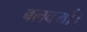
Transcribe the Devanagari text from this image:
बलवर्मा।